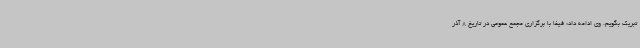
تبریک بگویم. وی ادامه داد: فیفا با برگزاری مجمع عمومی در تاریخ 8 آذر